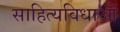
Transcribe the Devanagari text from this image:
साहित्यविधाओं